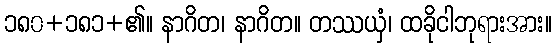
၁၈၀+၁၈၁+၏။ နာဂိတ၊ နာဂိတ။ တဿယှံ၊ ထခိုငါဘုရားအား။